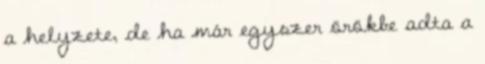
a helyzete, de ha már egyszer örökbe adta a